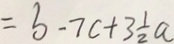
= b - 7 c + 3 \frac { 1 } { 2 } a